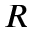
R